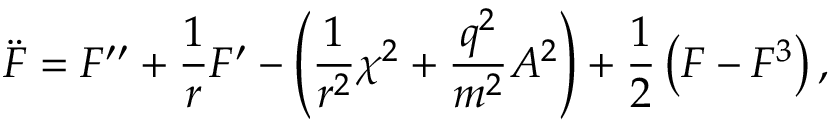
\ddot { F } = F ^ { \prime \prime } + \frac { 1 } { r } F ^ { \prime } - \left( \frac { 1 } { r ^ { 2 } } \chi ^ { 2 } + \frac { q ^ { 2 } } { m ^ { 2 } } A ^ { 2 } \right) + \frac { 1 } { 2 } \left( F - F ^ { 3 } \right) ,